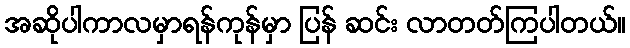
အဆိုပါကာလမှာရန်ကုန်မှာ ပြန် ဆင်း လာတတ်ကြပါတယ်။